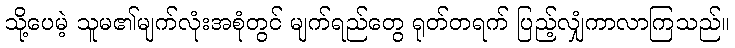
သို့ပေမဲ့ သူမ၏မျက်လုံးအစုံတွင် မျက်ရည်တွေ ရုတ်တရက် ပြည့်လျှံကာလာကြသည်။